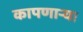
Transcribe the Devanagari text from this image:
कापणाऱ्या